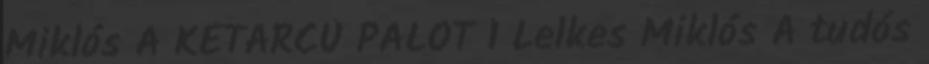
Miklós A KÉTARCÚ PALOT 1 Lelkes Miklós A tudós